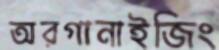
অরগানাইজিং